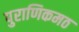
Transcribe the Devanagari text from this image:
पुराणिकमठ